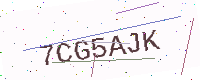
Text: 7CG5AJK